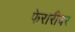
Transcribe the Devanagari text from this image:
फेरारीवर